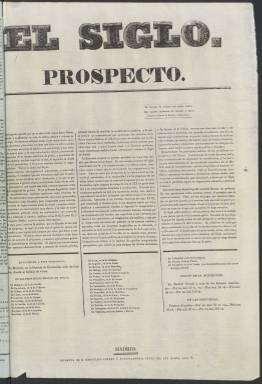
Título: El Siglo (Madrid. 1834)
Colección: Periódicos anteriores a 1850
Ámbito geográfico: Madrid
Lugar de publicación: Madrid
Fechas: 01/01/1834-07/03/1834

Este periódico, que tuvo una vida efímera y apenas ha dejado rastro en la historia del periodismo español, tiene cierta importancia en la historia de la literatura debido a su adhesión al movimiento romántico, tendencia que abrazaría plenamente un año después la revista El Artista.

  En El Siglo, en cuyas páginas no obstante prevalecía la opinión e información política, colaboraron autores románticos como José de Espronceda, Ros Olano, Nicomedes Pastor o Ventura de la Vega. Los poemas no van firmados, pero en la colección de la BNE puede verse los nombres de algunos de sus autores señalados a lápiz, como los de Espronceda o el duque de Frías, el de este último en el primer número del periódico.

   La publicación arrancó en enero de 1834 con un prospecto saliendo dos veces por semana con cuatro páginas por número. Llegó a editar 14 números siendo el último el correspondiente al 7 de marzo.

  El Siglo mostró desde el principio su total apoyo a la reina gobernadora, María Cristina, regente del reino hasta la mayoría de edad de su hija Isabel II. Defendía por tanto las ideas liberales que estaban siendo ya combatidas con las armas por los carlistas, los partidarios de don Carlos, hermano del recién fallecido Fernando VII. Coincidiendo con la salida del periódico había accedido a la presidencia del Consejo de Ministros el poeta y dramaturgo Francisco Martínez de la Rosa.

  El propósito informativo de El Siglo, teniendo en cuenta las restricciones a la libertad de prensa existentes, queda explícito en el prospecto: ‘Estractaremos las principales noticias de los periódicos extranjeros, y del Reyno. Insertaremos los reales decretos, órdenes, nombramientos de empleados de consideración, y las providencias trascendentales de las autoridades superiores así de Madrid, como de las provincias. Noticias biográficas de hombres célebres, anécdotas interesantes, viajes y descubrimientos científicos, costumbres nacionales y extranjeras, teatros, modas, todo se pondrá en contribución para amenizarle’.

 Estas tan loables intenciones fueron abortadas de golpe cuando El Siglo comenzó a apostar por un liberalismo más progresista y no tan limitado como le permitía el Gobierno. El último número del periódico es todo un símbolo de la censura de prensa de aquellos años. Salió con grandes espacios en blanco, todo lo que había sido suprimido por el censor, pero con la particularidad de que se dejaron los epígrafes que anunciaban el contenido. Así, en portada se podía leer ‘De la Amnistía’ y toda la columna en blanco, y ‘Política Interior’, e igualmente en blanco todo el espacio.

   El periódico sí puso en su portada el nombre del censor que había prohibido el contenido, algo que no gustó al Gobierno y que acabó con el periódico, que ya no editó más números. Dos días después, Mariano José de Larra dedicó un artículo-homenaje en la Revista Española al colega desaparecido con el título ‘El siglo en blanco’.

[Descripción publicada el 7/09/2023]